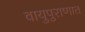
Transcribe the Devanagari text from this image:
वायुपुराणात